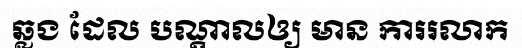
ឆ្លង ដែល បណ្តាលឲ្យ មាន ការរលាក